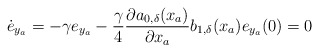
\begin{align*}\dot{e}_{y_a}= -\gamma e_{y_a} -\dfrac{\gamma}{4}\dfrac{\partial a_{0,\delta}(x_a)}{\partial x_a}b_{1,\delta}(x_a) e_{y_a}(0) = 0\end{align*}